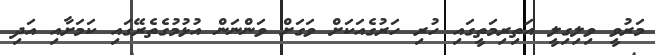
މަރުވީ ވިލިގިލީ އަތިރިމަތީގައި ހުރި ހަރުގެއަކަށް ވަގަށް ވަންނަން އުޅުމުގެތެރޭގައި ކަމަށާއި އަދި